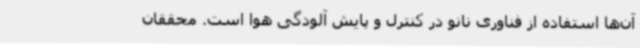
آن‌ها استفاده از فناوری نانو در کنترل و پایش آلودگی هوا است. محققان